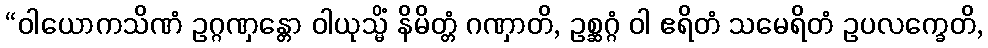
“ဝါယောကသိဏံ ဥဂ္ဂဏှန္တော ဝါယုသ္မိံ နိမိတ္တံ ဂဏှာတိ, ဥစ္ဆဂ္ဂံ ဝါ ဧရိတံ သမေရိတံ ဥပလက္ခေတိ,